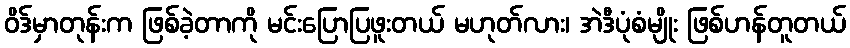
ဝိဒ်မှာတုန်းက ဖြစ်ခဲ့တာကို မင်းပြောပြဖူးတယ် မဟုတ်လား၊ အဲဒီပုံစံမျိုး ဖြစ်ဟန်တူတယ်